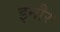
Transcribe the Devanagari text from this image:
इनौर